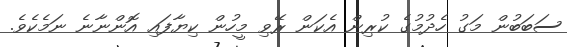
ސަބަބުން މަގު ހެދުމުގެ ކުރިން އެކަން ރޭވި މީހުން ކިޔާފައި އޮންނާނެ ނަމެކެވެ.